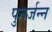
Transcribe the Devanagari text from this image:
पुनर्जन्न